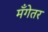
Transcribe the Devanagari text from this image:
मँगेतर